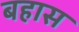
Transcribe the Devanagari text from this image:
बहास